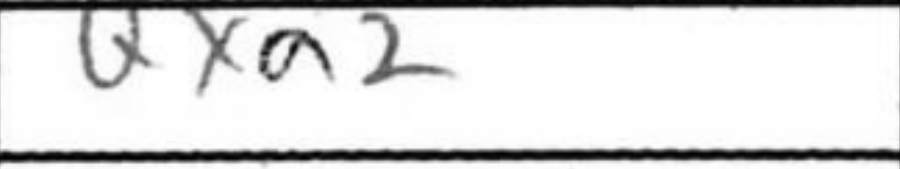
Transcription: Qxa2